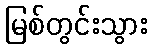
မြစ်တွင်းသွား